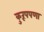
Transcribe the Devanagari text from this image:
कुरूपपणा